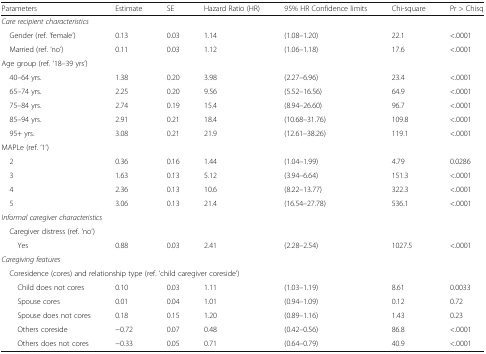
<table><thead><tr><td><b>Parameters</b></td><td><b>Estimate</b></td><td><b>SE</b></td><td><b>Hazard Ratio (HR)</b></td><td><b>95% HR Confidence limits</b></td><td><b>Chi-square</b></td><td><b>Pr &gt; Chisq</b></td></tr></thead><tbody><tr><td colspan="7"><i>Care recipient characteristics</i></td></tr><tr><td> Gender (ref. ‘female’)</td><td>0.13</td><td>0.03</td><td>1.14</td><td>(1.08–1.20)</td><td>22.1</td><td>&lt;.0001</td></tr><tr><td> Married (ref. ‘no’)</td><td>0.11</td><td>0.03</td><td>1.12</td><td>(1.06–1.18)</td><td>17.6</td><td>&lt;.0001</td></tr><tr><td colspan="7">Age group (ref. ‘18–39 yrs’)</td></tr><tr><td> 40–64 yrs.</td><td>1.38</td><td>0.20</td><td>3.98</td><td>(2.27–6.96)</td><td>23.4</td><td>&lt;.0001</td></tr><tr><td> 65–74 yrs.</td><td>2.25</td><td>0.20</td><td>9.56</td><td>(5.52–16.56)</td><td>64.9</td><td>&lt;.0001</td></tr><tr><td> 75–84 yrs.</td><td>2.74</td><td>0.19</td><td>15.4</td><td>(8.94–26.60)</td><td>96.7</td><td>&lt;.0001</td></tr><tr><td> 85–94 yrs.</td><td>2.91</td><td>0.21</td><td>18.4</td><td>(10.68–31.76)</td><td>109.8</td><td>&lt;.0001</td></tr><tr><td> 95+ yrs.</td><td>3.08</td><td>0.21</td><td>21.9</td><td>(12.61–38.26)</td><td>119.1</td><td>&lt;.0001</td></tr><tr><td colspan="7">MAPLe (ref. ‘1’)</td></tr><tr><td> 2</td><td>0.36</td><td>0.16</td><td>1.44</td><td>(1.04–1.99)</td><td>4.79</td><td>0.0286</td></tr><tr><td> 3</td><td>1.63</td><td>0.13</td><td>5.12</td><td>(3.94–6.64)</td><td>151.3</td><td>&lt;.0001</td></tr><tr><td> 4</td><td>2.36</td><td>0.13</td><td>10.6</td><td>(8.22–13.77)</td><td>322.3</td><td>&lt;.0001</td></tr><tr><td> 5</td><td>3.06</td><td>0.13</td><td>21.4</td><td>(16.54–27.78)</td><td>536.1</td><td>&lt;.0001</td></tr><tr><td colspan="7"><i>Informal caregiver characteristics</i></td></tr><tr><td colspan="7"> Caregiver distress (ref. ‘no’)</td></tr><tr><td>Yes</td><td>0.88</td><td>0.03</td><td>2.41</td><td>(2.28–2.54)</td><td>1027.5</td><td>&lt;.0001</td></tr><tr><td colspan="7"><i>Caregiving features</i></td></tr><tr><td colspan="7"> Coresidence (cores) and relationship type (ref. ‘child caregiver coreside’)</td></tr><tr><td>Child does not cores</td><td>0.10</td><td>0.03</td><td>1.11</td><td>(1.03–1.19)</td><td>8.61</td><td>0.0033</td></tr><tr><td>Spouse cores</td><td>0.01</td><td>0.04</td><td>1.01</td><td>(0.94–1.09)</td><td>0.12</td><td>0.72</td></tr><tr><td>Spouse does not cores</td><td>0.18</td><td>0.15</td><td>1.20</td><td>(0.89–1.16)</td><td>1.43</td><td>0.23</td></tr><tr><td>Others coreside</td><td>−0.72</td><td>0.07</td><td>0.48</td><td>(0.42–0.56)</td><td>86.8</td><td>&lt;.0001</td></tr><tr><td>Others does not cores</td><td>−0.33</td><td>0.05</td><td>0.71</td><td>(0.64–0.79)</td><td>40.9</td><td>&lt;.0001</td></tr></tbody></table>